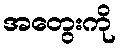
အတွေးကို